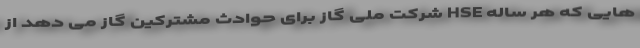
هایی که هر ساله HSE شرکت ملی گاز برای حوادث مشترکین گاز می دهد از